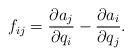
LaTeX: \begin{align*}f_{ij}= \frac{\partial a_j}{\partial q_i} - \frac{\partial a_i} {\partial q_j} .\end{align*}